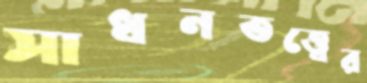
সাধনতত্ত্বের